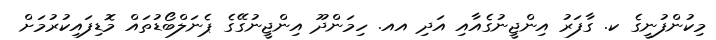
މިކުންފުނީގެ ކ. ގާފަރު އިންޖީނުގެއާއި އަދި އއ. ހިމަންދޫ އިންޖީނުގޭގެ ޕެނަލްބޯޑުތައް މޮޑިފައިކުރުމަށް